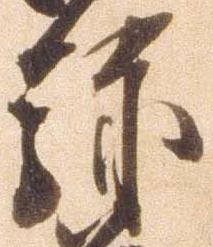
弥